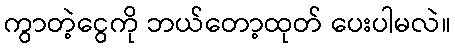
ကွာတဲ့ငွေကို ဘယ်တော့ထုတ် ပေးပါမလဲ။